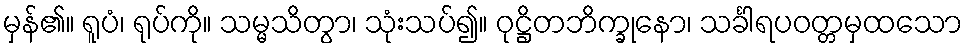
မှန်၏။ ရူပံ၊ ရုပ်ကို။ သမ္မသိတွာ၊ သုံးသပ်၍။ ဝုဋ္ဌိတဘိက္ခုနော၊ သင်္ခါရပဝတ္တမှထသော